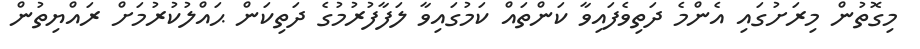
މިގޮތުން މިރަށުގައި އެންމެ ދަތިވެފައިވާ ކަންތައް ކަމުގައިވާ ލަފާފުރުމުގެ ދަތިކަން ޙައްލުކުރުމަށް ރައްޔިތުން